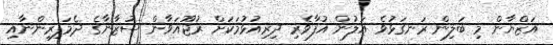
އަޒްޔާން މި ބަލިން ރަނގަޅުވެ އަލުން އުފާވެރި ދިރިއުޅުމަކަށް ރުޖޫއަވާން ސުޒާނާގެ ދެމަފިރިންނާއި